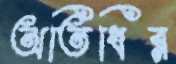
অতিধির